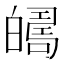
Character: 𤾦